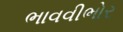
ભાવવીભોર